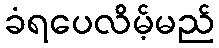
ခံရပေလိမ့်မည်